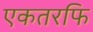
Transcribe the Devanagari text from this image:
एकतरफि